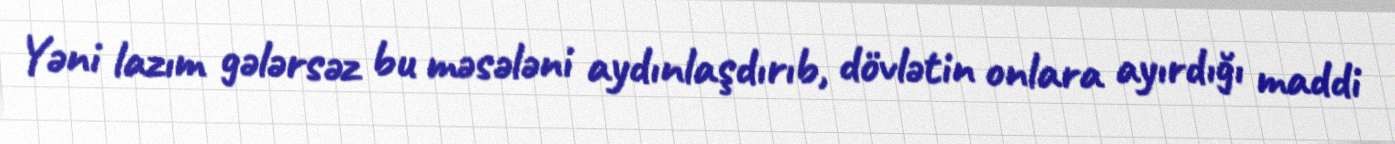
Yəni lazım gələrsəz bu məsələni aydınlaşdırıb, dövlətin onlara ayırdığı maddi